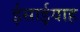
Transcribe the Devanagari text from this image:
ईसाईयाह